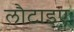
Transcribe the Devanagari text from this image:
लौटाइए